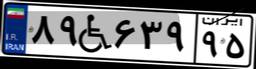
۶۳W۵۱۶۳۶